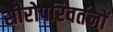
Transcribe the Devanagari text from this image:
सीरोपरिवर्तनों